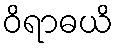
ဝိရာဓယိ